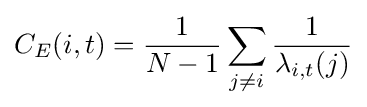
C_{E}(i,t)={\frac {1}{N-1}}\sum _{j\not =i}{\frac {1}{\lambda _{i,t}(j)}}